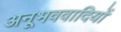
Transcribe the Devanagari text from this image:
अनूभववादियों